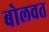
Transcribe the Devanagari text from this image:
बोलवत